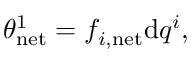
\begin{array} { r } { \theta _ { \mathrm { n e t } } ^ { 1 } = f _ { i , \mathrm { n e t } } \mathrm { d } q ^ { i } , } \end{array}